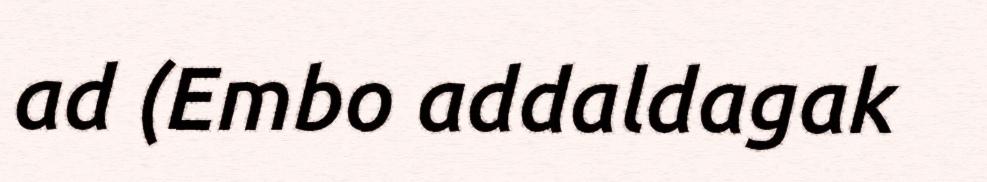
ad (Embo addaldagak